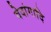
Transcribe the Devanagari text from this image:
वेदांगादि